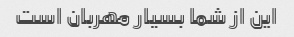
این از شما بسیار مهربان است